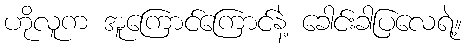
ဟိုလူက အူကြောင်ကြောင်နဲ့ ခေါင်းခါပြလေရဲ့။